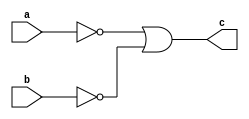
`timescale 1ns / 1ps

module de_morgan_2_b(
    input a,b, output c
    );
    assign c = !a | !b;
endmodule